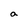
Character: a